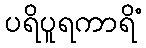
ပရိပူရကာရိံ